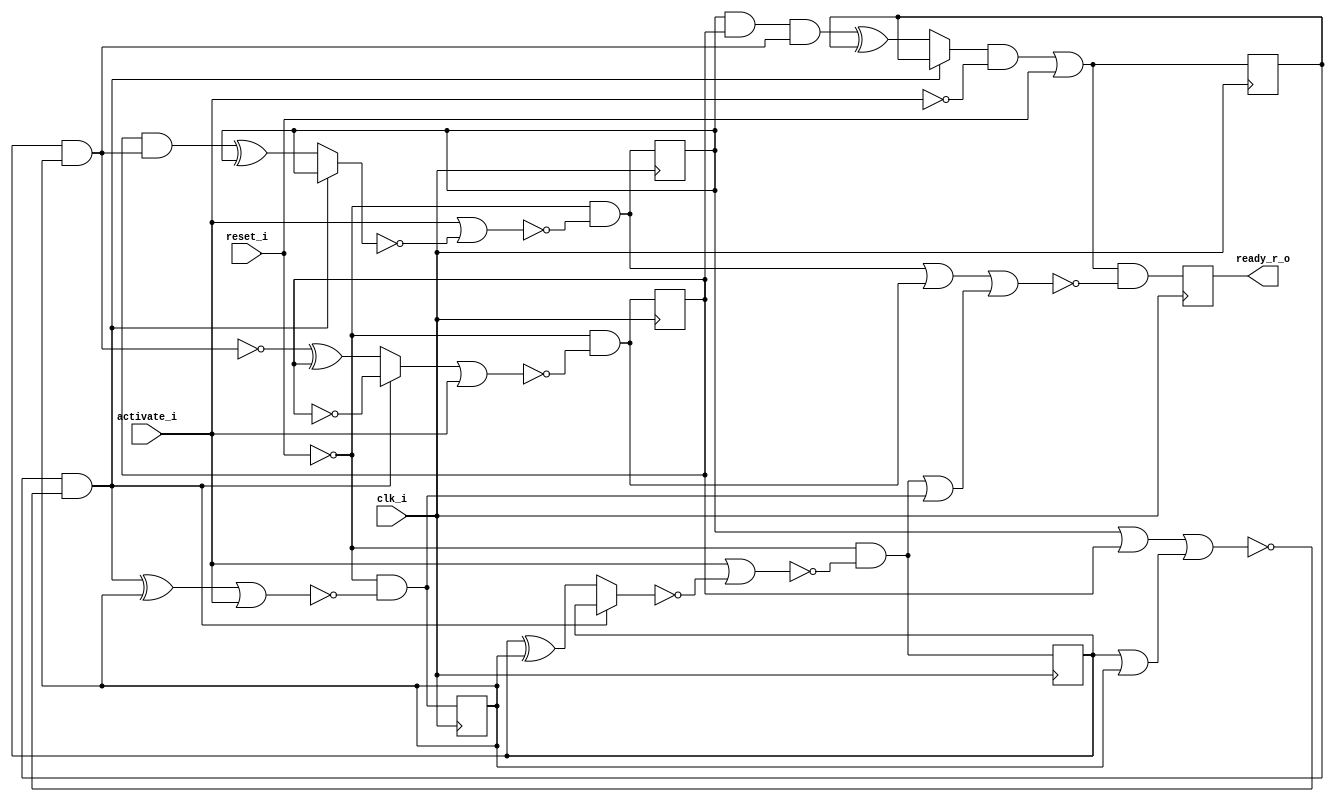
// This program was cloned from: https://github.com/chipsalliance/UHDM-integration-tests
// License: Apache License 2.0

/* Generated by Yosys 0.27+9 (git sha1 101d19bb6, gcc 11.2.0-7ubuntu2 -fPIC -Os) */

(* top =  1  *)

module bsg_wait_cycles(clk_i, reset_i, activate_i, ready_r_o);
  
  wire _00_;
  wire _01_;
  wire _02_;
  wire _03_;
  wire _04_;
  wire _05_;
  wire _06_;
  wire _07_;
  wire _08_;
  wire _09_;
  wire _10_;
  wire _11_;
  wire _12_;
  wire _13_;
  wire _14_;
  wire _15_;
  wire _16_;
  wire _17_;
  wire _18_;
  wire _19_;
  wire _20_;
  wire _21_;
  wire _22_;
  wire _23_;
  wire _24_;
  wire _25_;
  wire _26_;
  wire _27_;
  
  input activate_i;
  wire activate_i;
  
  input clk_i;
  wire clk_i;
  
  wire [4:0] ctr_n;
  
  reg [4:0] ctr_r;
  
  output ready_r_o;
  reg ready_r_o;
  
  input reset_i;
  wire reset_i;
  assign _01_ = ctr_r[1] | ctr_r[0];
  assign _02_ = ctr_r[3] | ctr_r[2];
  assign _03_ = _02_ | _01_;
  assign _04_ = ctr_r[4] & ~(_03_);
  assign _05_ = ctr_r[3] & ctr_r[2];
  assign _06_ = ~(ctr_r[1] & ctr_r[0]);
  assign _07_ = _05_ & ~(_06_);
  assign _08_ = _07_ ^ ctr_r[4];
  assign _09_ = _04_ ? ctr_r[4] : _08_;
  assign _10_ = _09_ & ~(activate_i);
  assign ctr_n[4] = _10_ | reset_i;
  assign _11_ = ~reset_i;
  assign _12_ = _04_ ^ ctr_r[0];
  assign _13_ = _12_ | activate_i;
  assign ctr_n[0] = _11_ & ~(_13_);
  assign _14_ = ctr_r[1] ^ ctr_r[0];
  assign _15_ = _04_ ? ctr_r[1] : _14_;
  assign _16_ = activate_i | ~(_15_);
  assign ctr_n[1] = _11_ & ~(_16_);
  assign _17_ = ~ctr_r[2];
  assign _18_ = _06_ ^ ctr_r[2];
  assign _19_ = _04_ ? _17_ : _18_;
  assign _20_ = _19_ | activate_i;
  assign ctr_n[2] = _11_ & ~(_20_);
  assign _21_ = ctr_r[2] & ~(_06_);
  assign _22_ = _21_ ^ ctr_r[3];
  assign _23_ = _04_ ? ctr_r[3] : _22_;
  assign _24_ = activate_i | ~(_23_);
  assign ctr_n[3] = _11_ & ~(_24_);
  assign _25_ = ctr_n[1] | ctr_n[0];
  assign _26_ = ctr_n[3] | ctr_n[2];
  assign _27_ = _26_ | _25_;
  assign _00_ = ctr_n[4] & ~(_27_);
  (* \always_ff  = 32'd1 *)
  
  always @(posedge clk_i)
    ready_r_o <= _00_;
  (* \always_ff  = 32'd1 *)
  
  always @(posedge clk_i)
    ctr_r[0] <= ctr_n[0];
  (* \always_ff  = 32'd1 *)
  
  always @(posedge clk_i)
    ctr_r[1] <= ctr_n[1];
  (* \always_ff  = 32'd1 *)
  
  always @(posedge clk_i)
    ctr_r[2] <= ctr_n[2];
  (* \always_ff  = 32'd1 *)
  
  always @(posedge clk_i)
    ctr_r[3] <= ctr_n[3];
  (* \always_ff  = 32'd1 *)
  
  always @(posedge clk_i)
    ctr_r[4] <= ctr_n[4];
endmodule